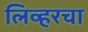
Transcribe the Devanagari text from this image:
लिव्हरचा